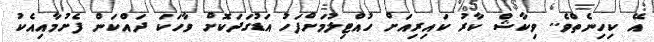
އޭ ކިހިނެތްވެ.. ވިކާޝް ކާރު ކައިރިއަށް ހުއްޓިލުމަށްފަހު އަޑުގަދަކޮށް ވާހަކަ ދައްކަން ފެށުމާއިއެކު